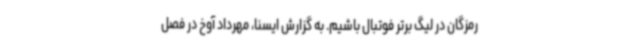
رمزگان در لیگ برتر فوتبال باشیم. به گزارش ایسنا، مهرداد آوخ در فصل